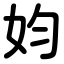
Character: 㚬